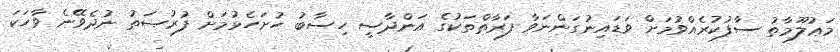
މަޢުލޫމާތު ސާފުކުރެއްވުމަށް ވަޑައިނުގަންނަވާ ފަރާތްތަކުގެ އަންދާސީ ހިސާބު ހުށަހެޅުމަށް ފުރުޞަތު ނުދެވޭނެ ވާހަކަ